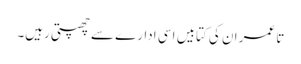
تا عمر ان کی کتابیں اسی ادارے سے چھپتی رہیں۔